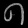
Digit: ၈